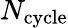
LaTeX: N_{\mathrm{cycle}}